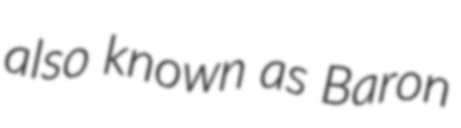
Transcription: also known as Baron